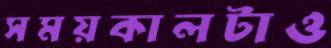
সময়কালটাও